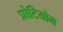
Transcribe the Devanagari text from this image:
प्रोटियोम